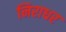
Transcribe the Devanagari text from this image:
निराधर